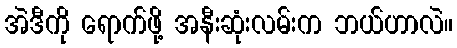
အဲဒီကို ရောက်ဖို့ အနီးဆုံးလမ်းက ဘယ်ဟာလဲ။